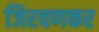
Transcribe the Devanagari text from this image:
जिरवणकर